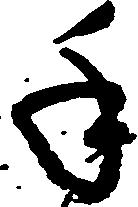
手